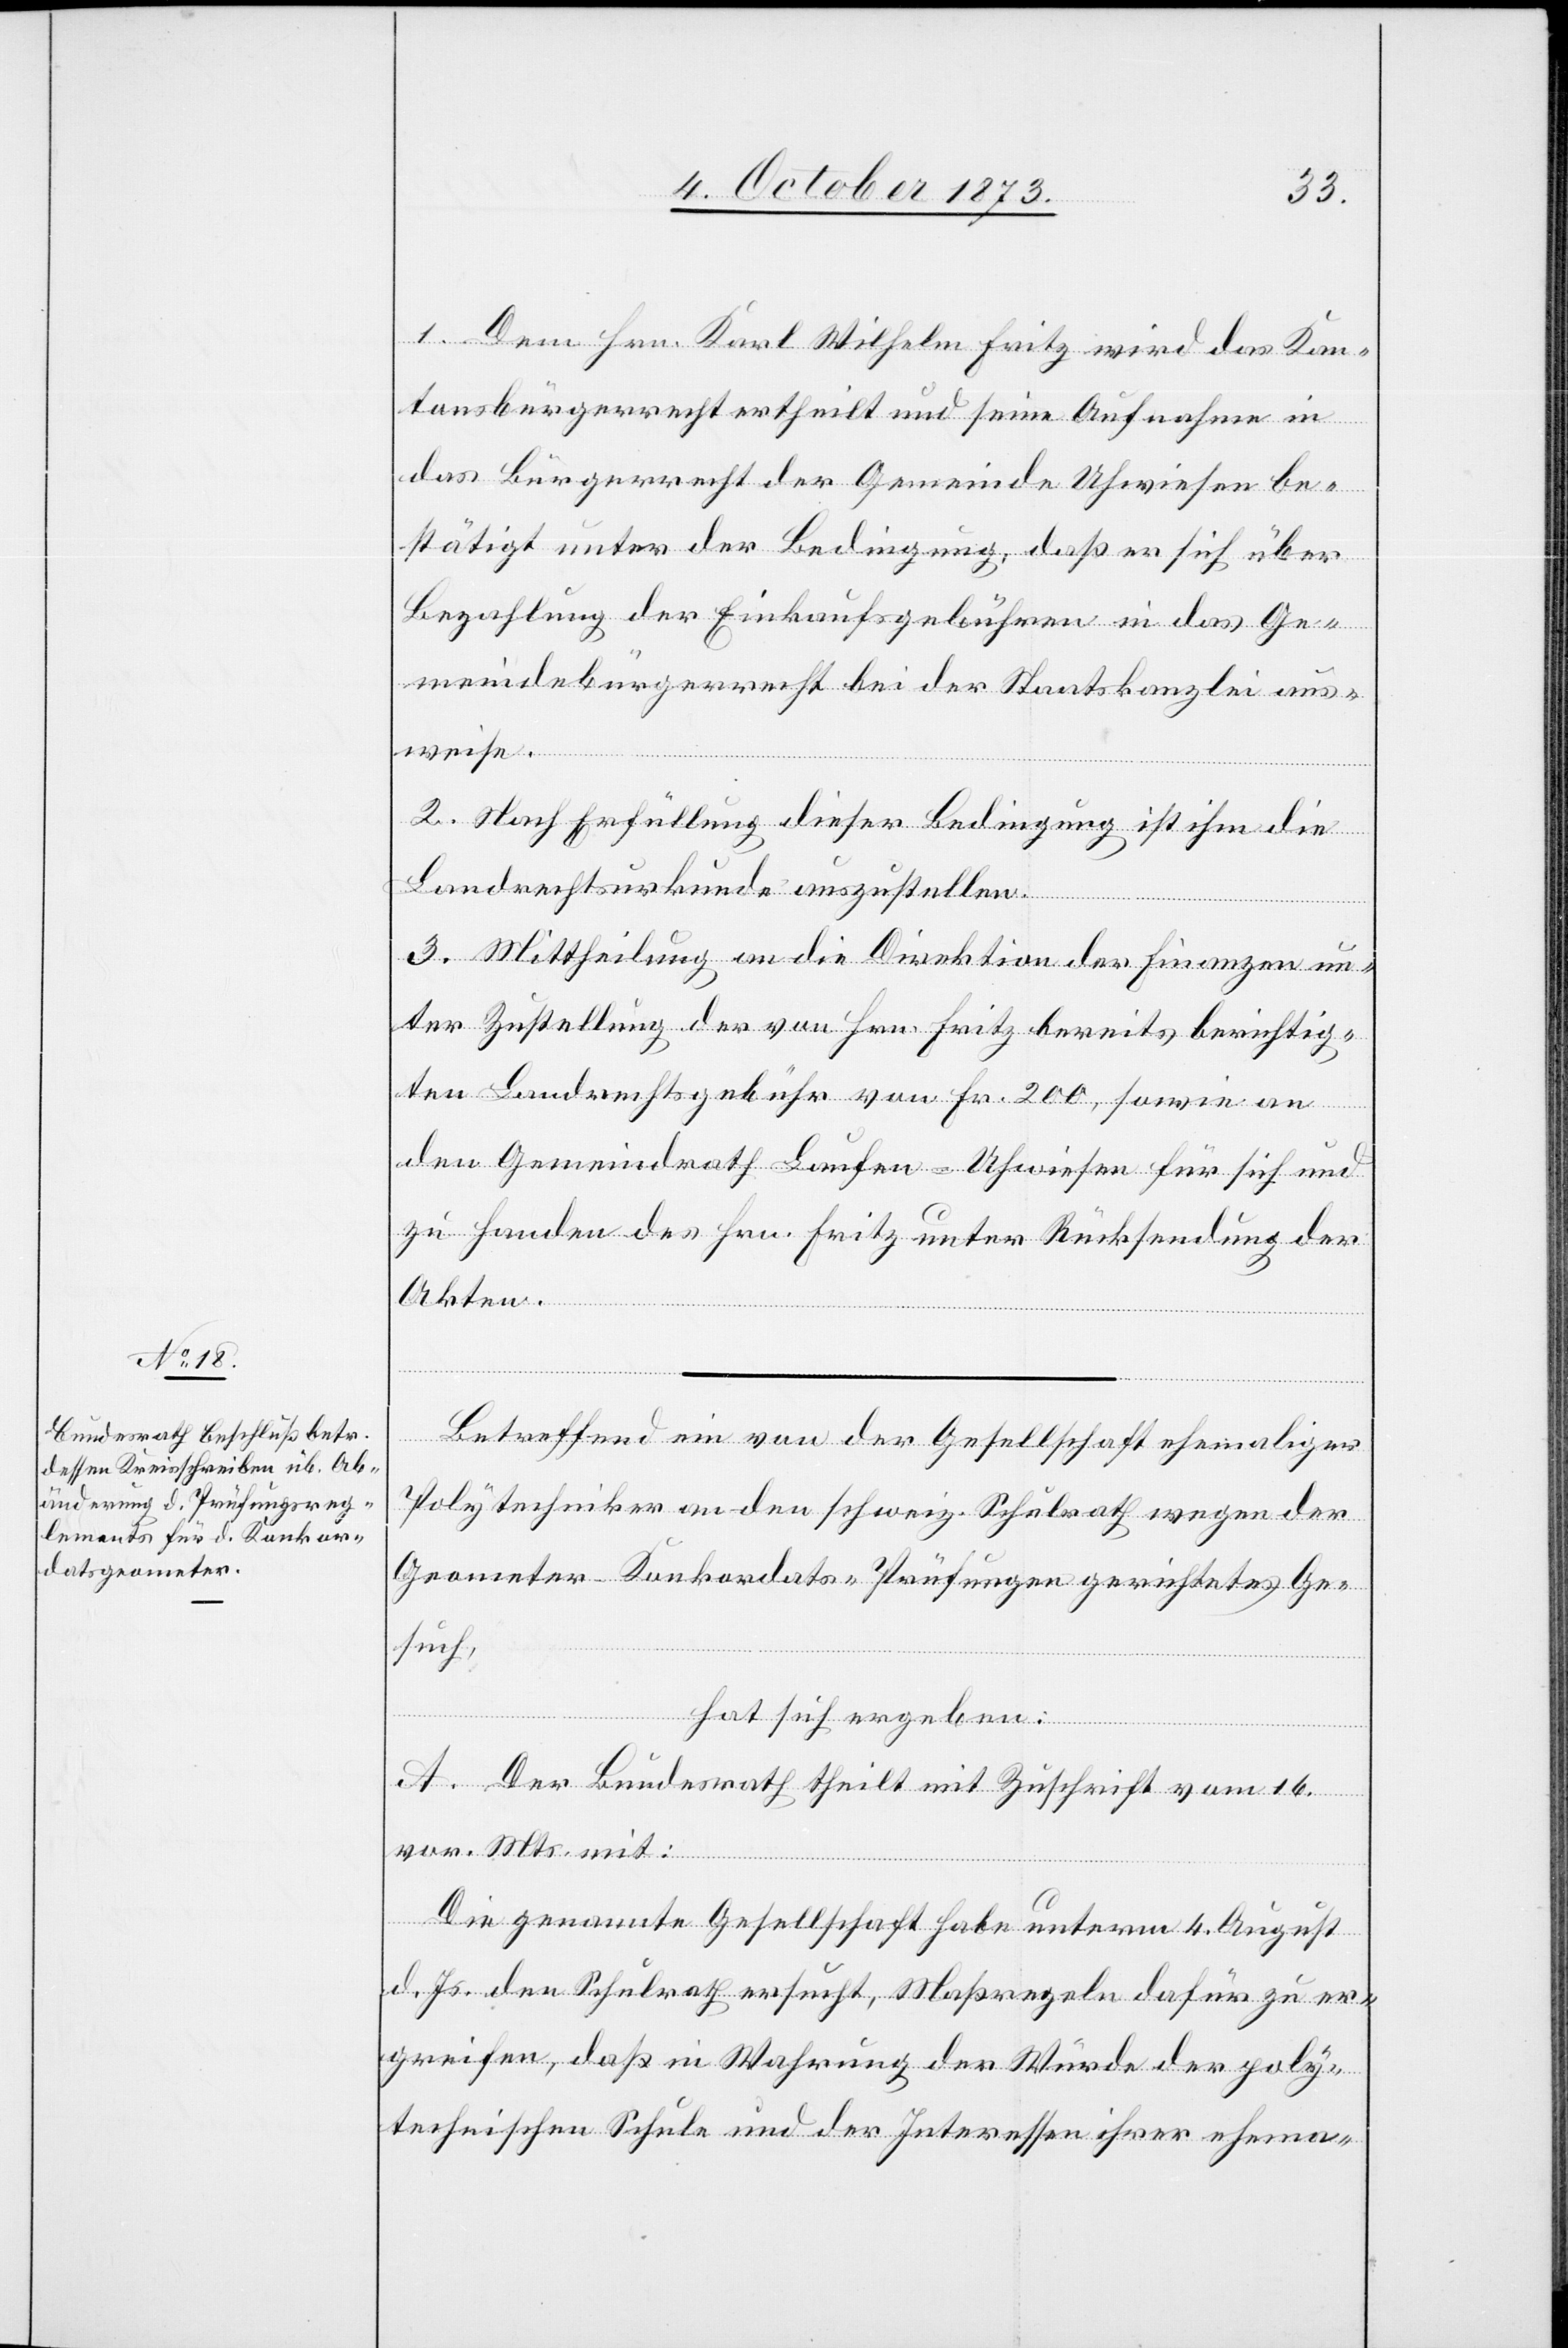
1. Dem Hrn. Karl Wilhelm Fritz wird das Kan¬
tonsbürgerrecht ertheilt und seine Aufnahme in
das Bürgerrecht der Gemeinde Uhwiesen be¬
stätigt unter der Bedingung, daß er sich über
Bezahlung der Einkaufsgebühren in das Ge¬
meindebürgerrecht bei der Staatskanzlei aus¬
weise.
2. Nach Erfüllung dieser Bedingung ist ihm die
Landrechtsurkunde auszustellen.
3. Mittheilung an die Direktion der Finanzen un¬
ter Zustellung der von Hrn. Fritz bereits berichtig¬
ten Landrechtsgebühr von Fr. 200, sowie an
den Gemeindrath Laufen-Uhwiesen für sich und
zu Handen des Hrn. Fritz unter Rücksendung der
Akten.
Betreffend ein von der Gesellschaft ehemaliger
Polytechniker an den schweiz. Schulrath wegen der
Geometer-Konkordats-Prüfungen gerichtetes Ge¬
such,
hat sich ergeben:
A. Der Bundesrath theilt mit Zuschrift vom 16.
vor. Mts. mit:
Die genannte Gesellschaft habe unterm 4. August
d. Js. den Schulrath ersucht, Maßregeln dafür zu er¬
greifen, daß in Wahrung der Würde der poly¬
technischen Schule und der Interessen ihrer ehema-